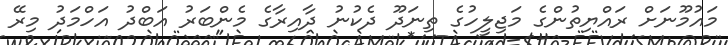
މައުމޫނަށް ރައްޔިތުންގެ މަޖިލީހުގެ ތިނަދޫ ދެކުނު ދާއިރާގެ މެންބަރު އަބްދު އަހްމަދު މިރޭ